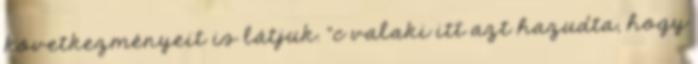
következményeit is látjuk. “c valaki itt azt hazudta, hogy